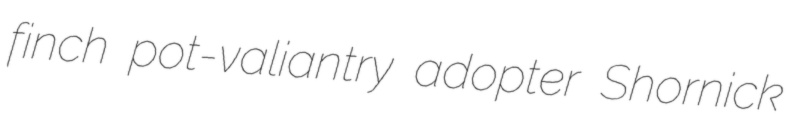
finch pot-valiantry adopter Shornick